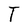
Character: T